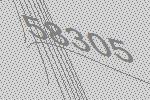
58305